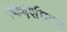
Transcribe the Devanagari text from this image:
एकदेशीयता